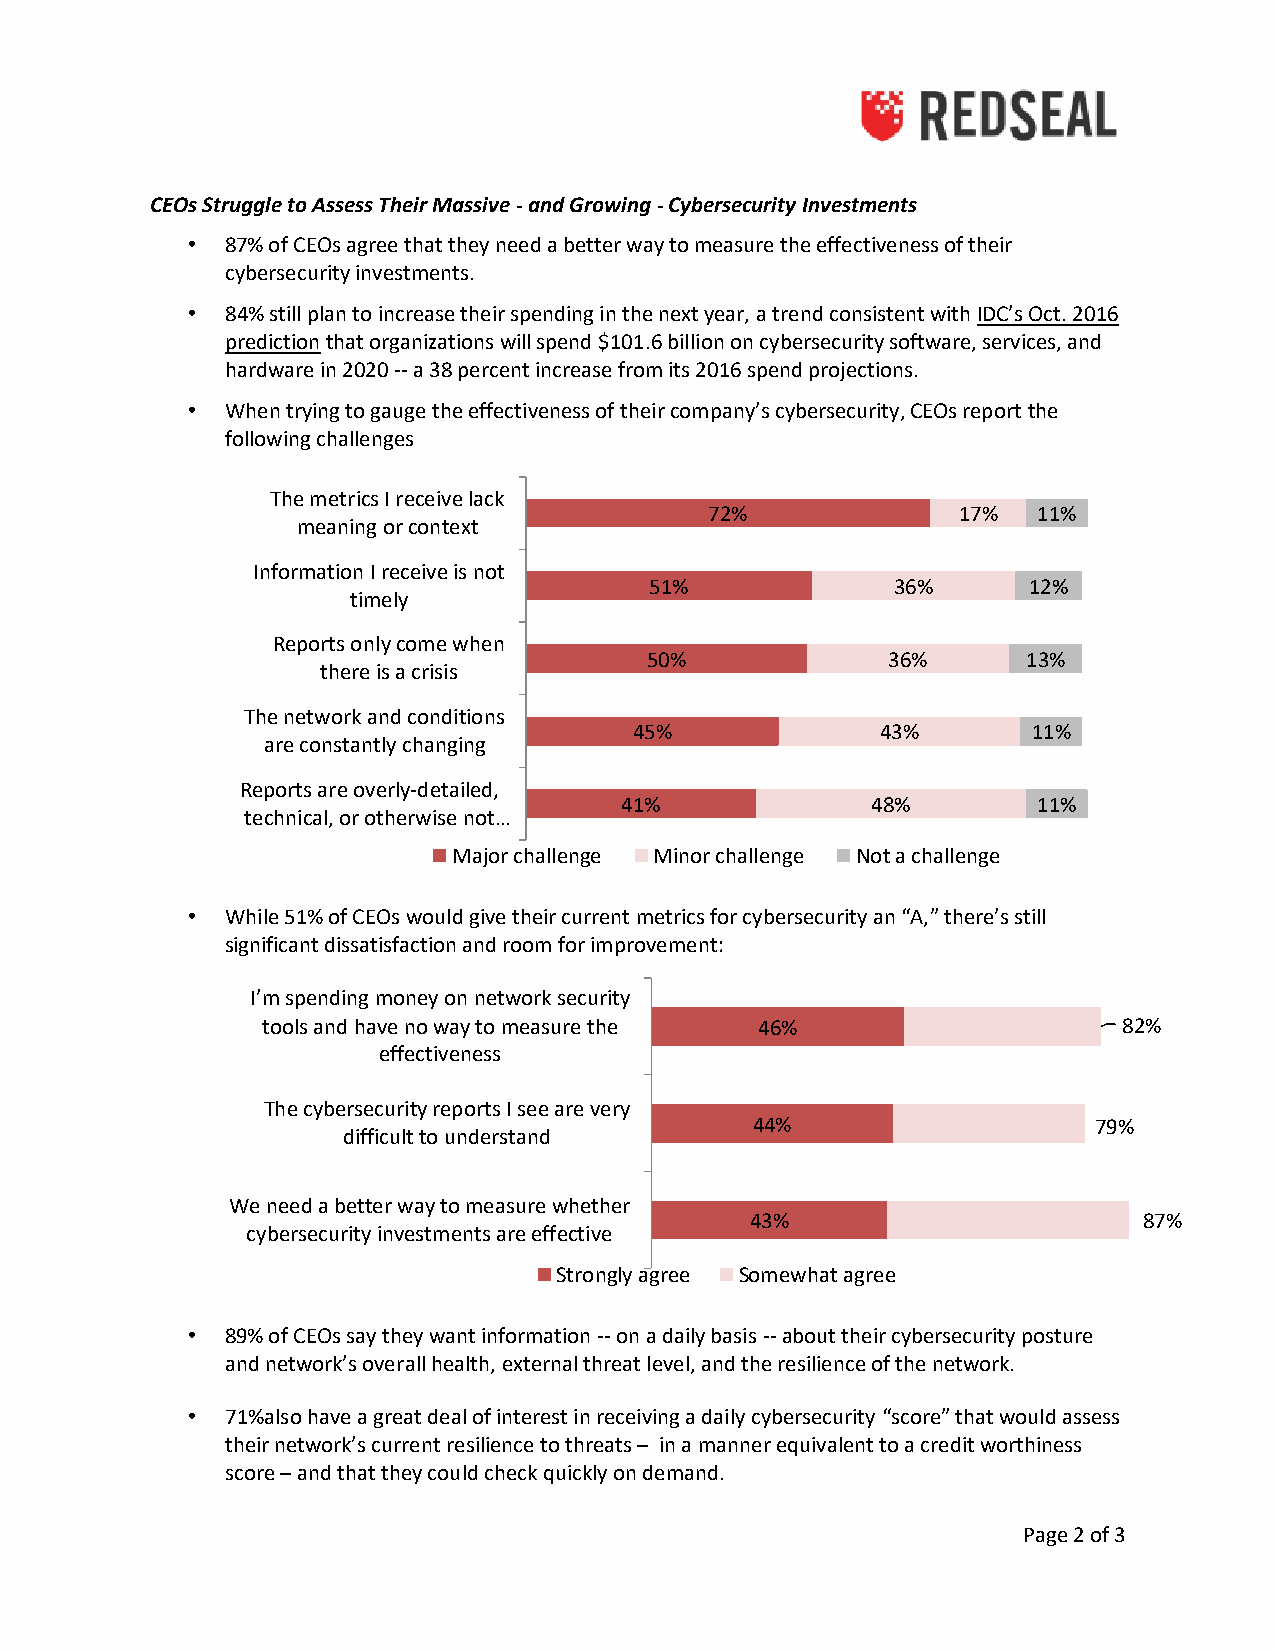
CEOs Struggle to Assess Their Massive - and Growing - Cybersecurity Investments
 •  87% of CEOs agree that they need a better way to measure the effectiveness of their
 cybersecurity investments.
 •  84% still plan to increase their spending in the next year, a trend consistent with IDC’s Oct. 2016
 prediction that organizations will spend $101.6 billion on cybersecurity software, services, and
 hardware in 2020 -- a 38 percent increase from its 2016 spend projections.
 •  When trying to gauge the effectiveness of their company’s cybersecurity, CEOs report the
 following challenges
 The metrics I receive lack
 72%             17%   11%
 meaning or context
 Information I receive is not
 51%             36%      12%
 timely
 Reports only come when
 50%             36%      13%
 there is a crisis
 The network and conditions
 45%             43%       11%
 are constantly changing
 Reports are overly-detailed,
 41%              48%        11%
 technical, or otherwise not…
 Major challenge Minor challenge Not a challenge
 •  While 51% of CEOs would give their current metrics for cybersecurity an “A,” there’s still
 significant dissatisfaction and room for improvement:
 I’m spending money on network security
 tools and have no way to measure the 46%                 82%
 effectiveness
 The cybersecurity reports I see are very
 44%                   79%
 difficult to understand
 We need a better way to measure whether
 43%                       87%
 cybersecurity investments are effective
 Strongly agree Somewhat agree
 •  89% of CEOs say they want information -- on a daily basis -- about their cybersecurity posture
 and network’s overall health, external threat level, and the resilience of the network.
 •  71%also have a great deal of interest in receiving a daily cybersecurity “score” that would assess
 their network’s current resilience to threats – in a manner equivalent to a credit worthiness
 score – and that they could check quickly on demand.
 Page 2 of 3